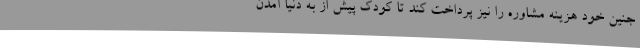
جنین خود هزینه مشاوره را نیز پرداخت کند تا کودک پیش از به دنیا آمدن